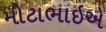
મોટાભાઇએ